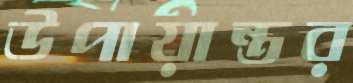
উপায়ান্তর